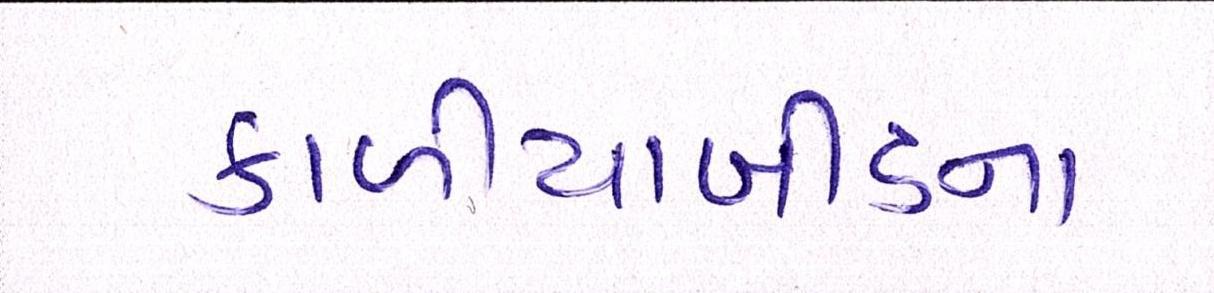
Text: કાળીયાબીડના